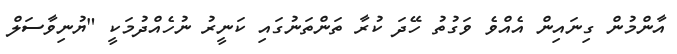
އާންމުން ގިނައިން އެއްވެ ވަގުތު ހޭދަ ކުރާ ތަންތަނުގައި ކަނީރު ނުހެއްދުމަކީ "ޔުނިވާސަލް